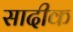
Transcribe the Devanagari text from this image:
सादीक